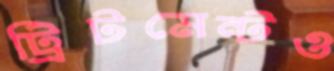
ট্রিটমেন্টও